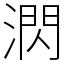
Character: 㴸